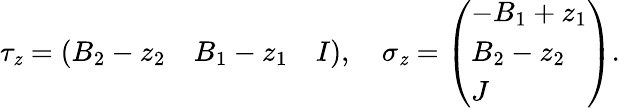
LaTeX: \tau_{\mathit{z}}=\left(\begin{array}{lll}{{B_{2}-z_{2}}}&{{B_{1}-z_{1}}}&{{I}}\end{array}\right),\quad\sigma_{\mathit{z}}=\left(\begin{array}{l}{{-B_{1}+z_{1}}}\\ {{B_{2}-z_{2}}}\\ {{J}}\end{array}\right).